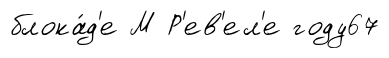
блока́д'е М Р'ев'ел'е году67